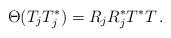
LaTeX: \begin{align*} \Theta(T_jT_j^*) = R_j R_j^* T^* T \,.\end{align*}